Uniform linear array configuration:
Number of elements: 8
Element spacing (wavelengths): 1
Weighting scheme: blackman
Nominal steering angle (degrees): -15
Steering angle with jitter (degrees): -16.081
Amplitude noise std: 0.05
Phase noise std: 0.05

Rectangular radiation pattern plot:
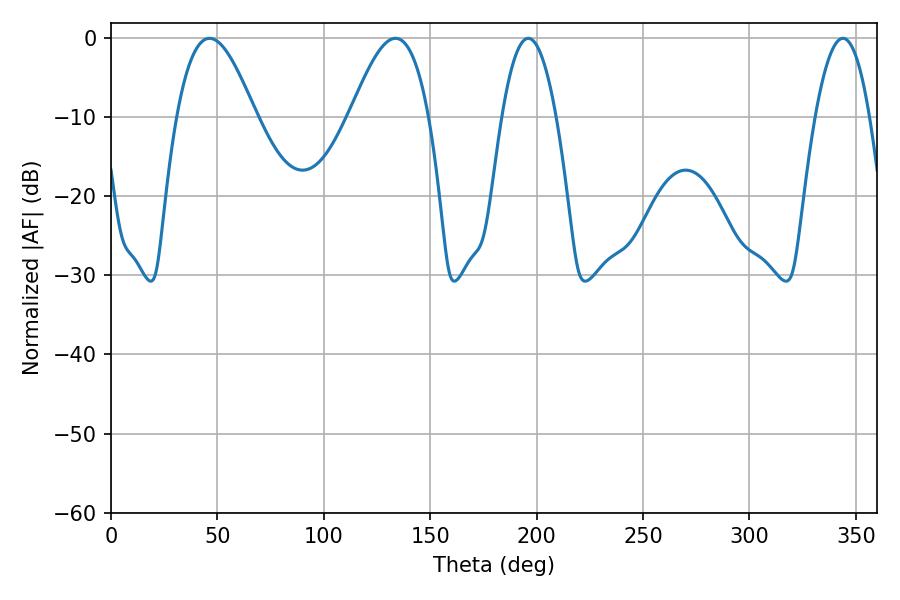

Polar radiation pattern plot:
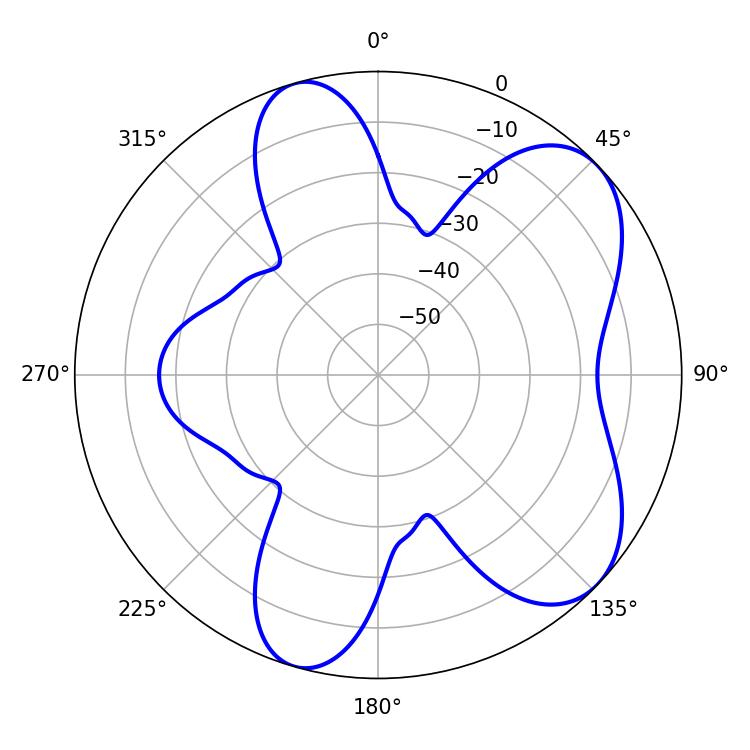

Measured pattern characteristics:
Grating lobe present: TRUE
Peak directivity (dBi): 6.775
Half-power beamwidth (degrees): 19.98
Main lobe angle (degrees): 46.26